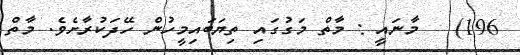
196)   މާނައީ : މާތް މަގުގައި ތިޔަބައިމީހުން ހޭދަކުރާށެވެ. މާތް